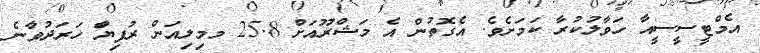
އެމްޓީސީސީއާ ހަވާލުކުރާ ކަމަށެވެ. އެގޮތުން އެ މަޝްރޫއަށް 25.8 މމިލިއަން ރުފިޔާަ ހަރަދުވާނެ